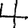
Digit: 4